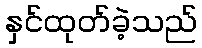
နှင်ထုတ်ခဲ့သည်